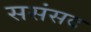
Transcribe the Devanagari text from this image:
ससंसद